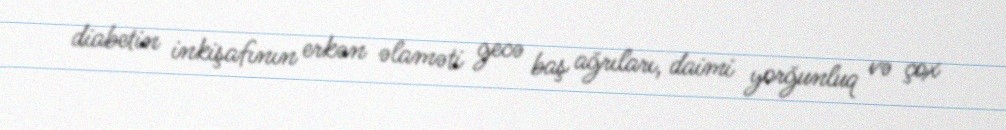
diabetin inkişafının erkən əlaməti gecə baş ağrıları, daimi yorğunluq və çox